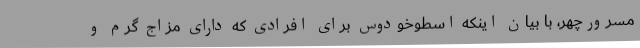
مسرورچهر، با بیان اینکه اسطوخودوس برای افرادی که دارای مزاج گرم و